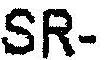
SR-